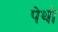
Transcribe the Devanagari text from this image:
पेथो